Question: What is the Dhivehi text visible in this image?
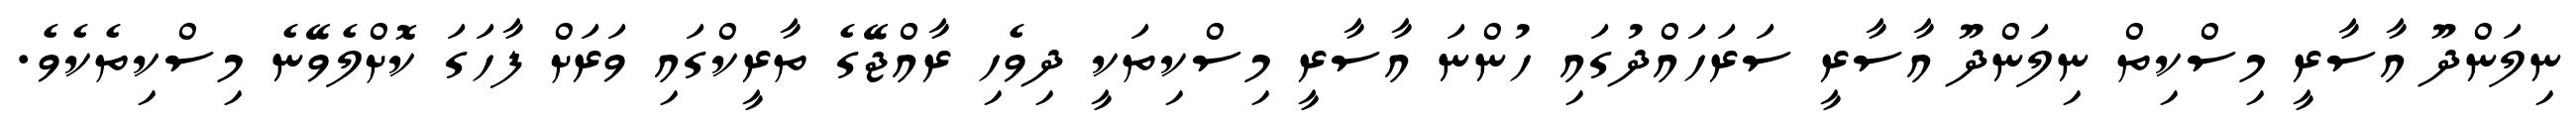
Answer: ނިލަންދޫ އާސާރީ މިސްކިތް ނިލަންދޫ އާސާރީ ސަރަހައްދުގައި ހުންނަ އާސާރީ މިސްކިތަކީ ދިވެހި ރާއްޖޭގެ ތާރީކްގައި ވަރަށް ފާހަގަ ކޮށްލެވޭނެ މިސްކިތެކެވެ.